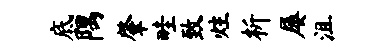
底隅肇畦致炷析屡沮